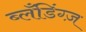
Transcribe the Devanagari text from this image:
ब्लँडिंग्ज़